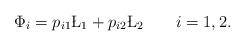
LaTeX: \begin{align*} \Phi_i=p_{i1}\L_1+p_{i2}\L_2\qquad i={1,2}.\end{align*}